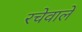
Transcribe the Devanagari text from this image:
रचेवाले